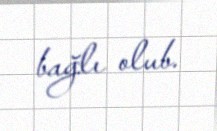
bağlı olub.